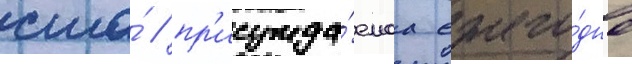
сша́ / пр'исужда́емаа ежего́дно